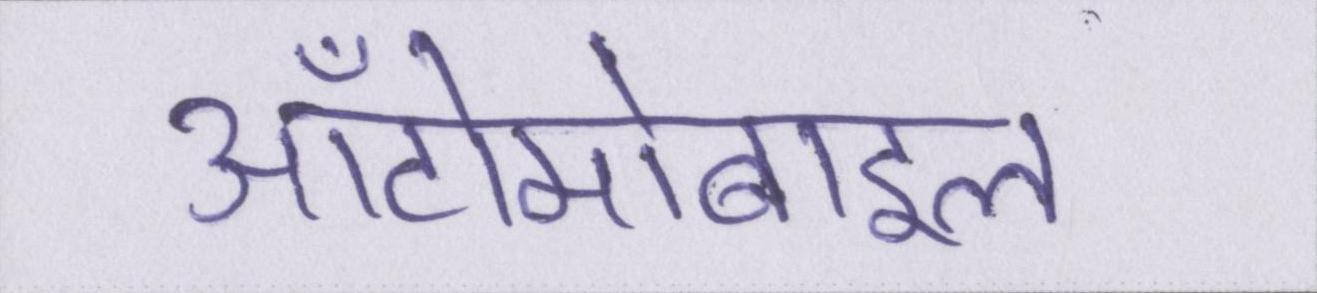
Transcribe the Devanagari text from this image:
ऑटोमोबाइल